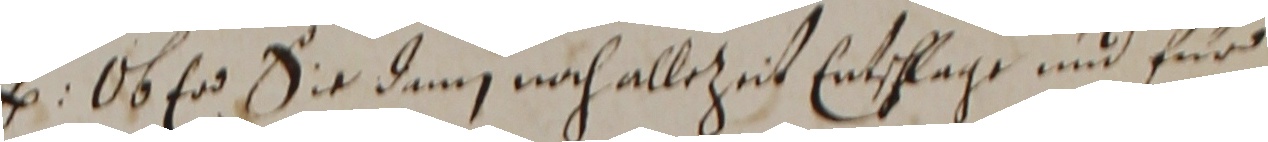
e. ob er sie dem noch allezeit ethlage und für